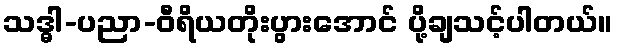
သဒ္ဓါ-ပညာ-ဝီရိယတိုးပွားအောင် ပို့ချသင့်ပါတယ်။